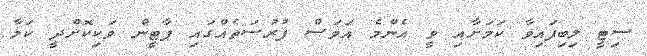
ސިޓީ ލިބިފައިވާ ކަމަށާއި ވީ އެންމެ އަވަސް ފުރުސަތެއްގައި ޕާޓީން ވަކިކޮށްދީ ކަމާ